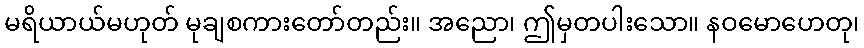
မရိယာယ်မဟုတ် မုချစကားတော်တည်း။ အညော၊ ဤမှတပါးသော။ နဝမောဟေတု၊